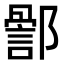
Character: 𮠊